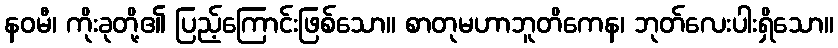
နဝမီ၊ ကိုးခုတို့၏ ပြည့်ကြောင်းဖြစ်သော။ စာတုမဟာဘူတိကေန၊ ဘုတ်လေးပါးရှိသော။